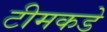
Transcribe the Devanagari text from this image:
टीमकडे